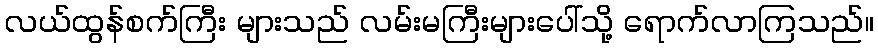
လယ်ထွန်စက်ကြီး များသည် လမ်းမကြီးများပေါ်သို့ ရောက်လာကြသည်။